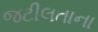
જટીલતાના